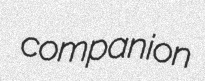
companion